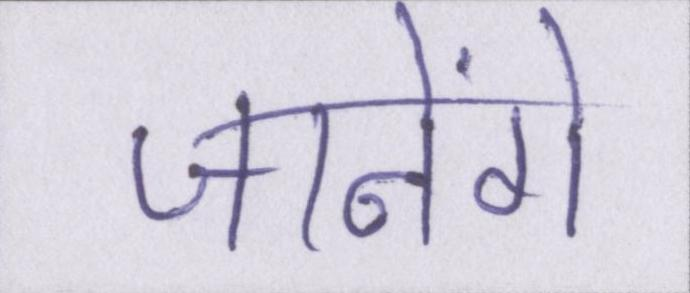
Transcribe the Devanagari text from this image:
जानेंगे